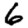
Digit: 6